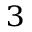
^ 3